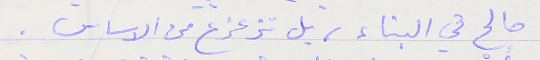
صالح في البناء، بل تزعزع من الاساس.